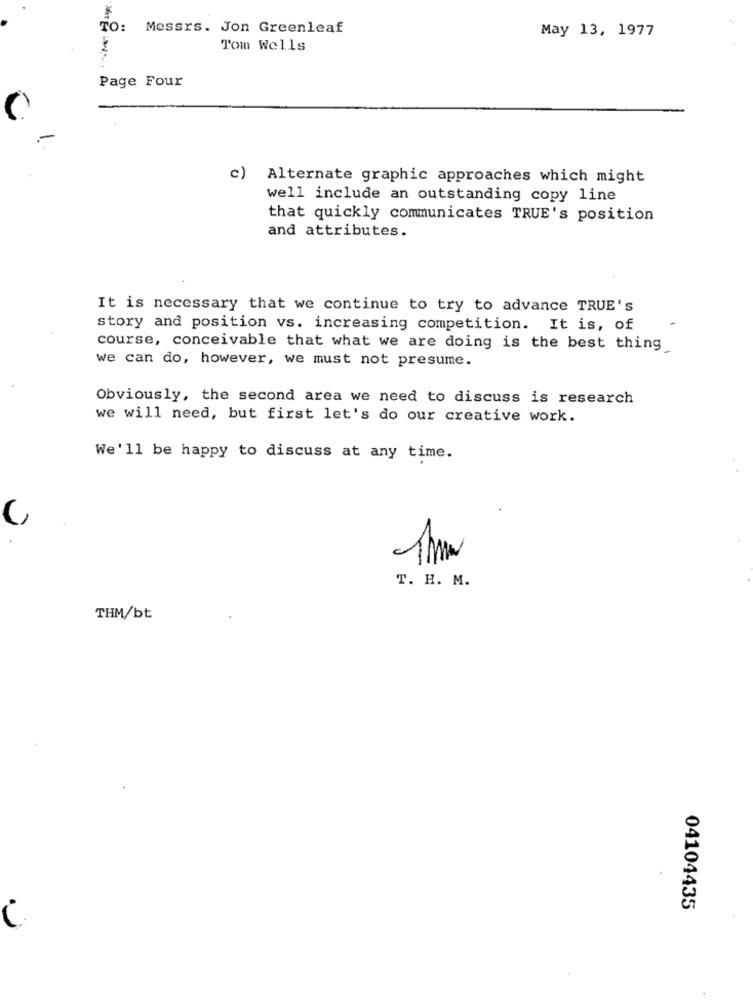
TO: Messrs. Jon Greenleaf
May 13, 1977
Tom Wells
Page Four
Alternate graphic approaches which might
well include an outstanding copy line
that quickly communicates TRUE's position
and attributes.
It is necessary that we continue to try to advance TRUE's
story and position vs. increasing competition. It is, of
course, conceivable that what we are doing is the best thing
we can do, however, we must not presume.
Obviously, the second area we need to discuss is research
we will need, but first let's do our creative work.
We'll be happy to discuss at any time.
C
T. H. M.
THM/bt
04104435